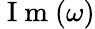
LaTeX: \mathrm{~I~m~}(\omega)